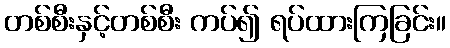
တစ်စီးနှင့်တစ်စီး ကပ်၍ ရပ်ထားကြခြင်း။